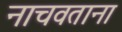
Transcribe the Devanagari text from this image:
नाचवताना